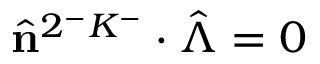
\hat { \mathbf { n } } ^ { 2 ^ { - } K ^ { - } } \cdot \hat { \boldsymbol { \Lambda } } = 0